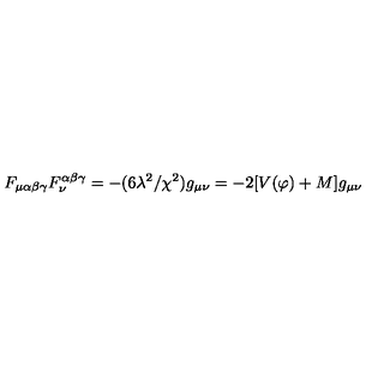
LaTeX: F _ { \mu \alpha \beta \gamma } F _ { \nu } ^ { \alpha \beta \gamma } = - ( 6 \lambda ^ { 2 } / \chi ^ { 2 } ) g _ { \mu \nu } = - 2 [ V ( \varphi ) + M ] g _ { \mu \nu }